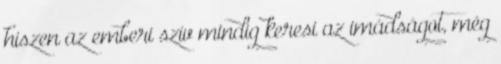
hiszen az emberi szív mindig keresi az imádságot, még